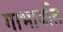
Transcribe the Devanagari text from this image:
गाभार्यात